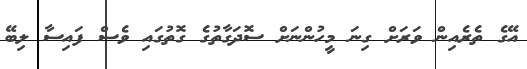
އޭގެ ތެރެއިން ވަރަށް ގިނަ މީހުންނަށް ސޮދަގާތުގެ ގޮތުގައި ވެސް ފައިސާ ލިބޭ